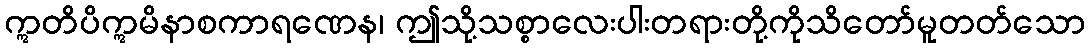
ဣတိပိဣမိနာစကာရဏေန၊ ဤသို့သစ္စာလေးပါးတရားတို့ကိုသိတော်မူတတ်သော